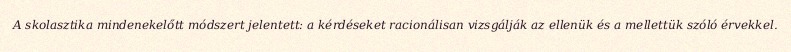
A skolasztika mindenekelőtt módszert jelentett: a kérdéseket racionálisan vizsgálják az ellenük és a mellettük szóló érvekkel.